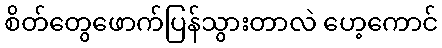
စိတ်တွေဖောက်ပြန်သွားတာလဲ ဟေ့ကောင်